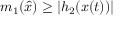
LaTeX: m _ { 1 } ( { \hat { x } } ) \geq | h _ { 2 } ( x ( t ) ) |